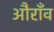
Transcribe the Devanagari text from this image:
औराँव